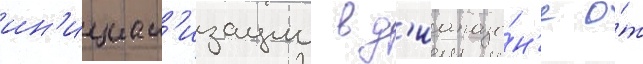
ин'ициал'изации в д'иапазо́н'е о́т